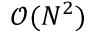
\mathcal { O } ( N ^ { 2 } )